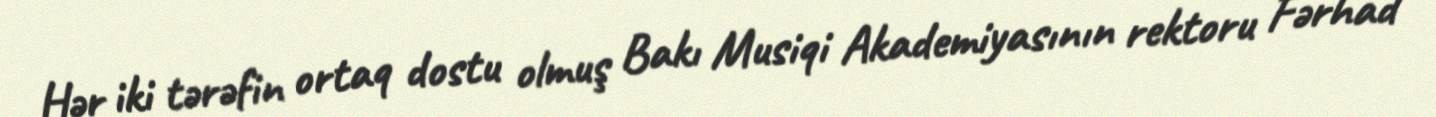
Hər iki tərəfin ortaq dostu olmuş Bakı Musiqi Akademiyasının rektoru Fərhad